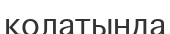
қолатында